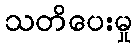
သတိပေးမှု